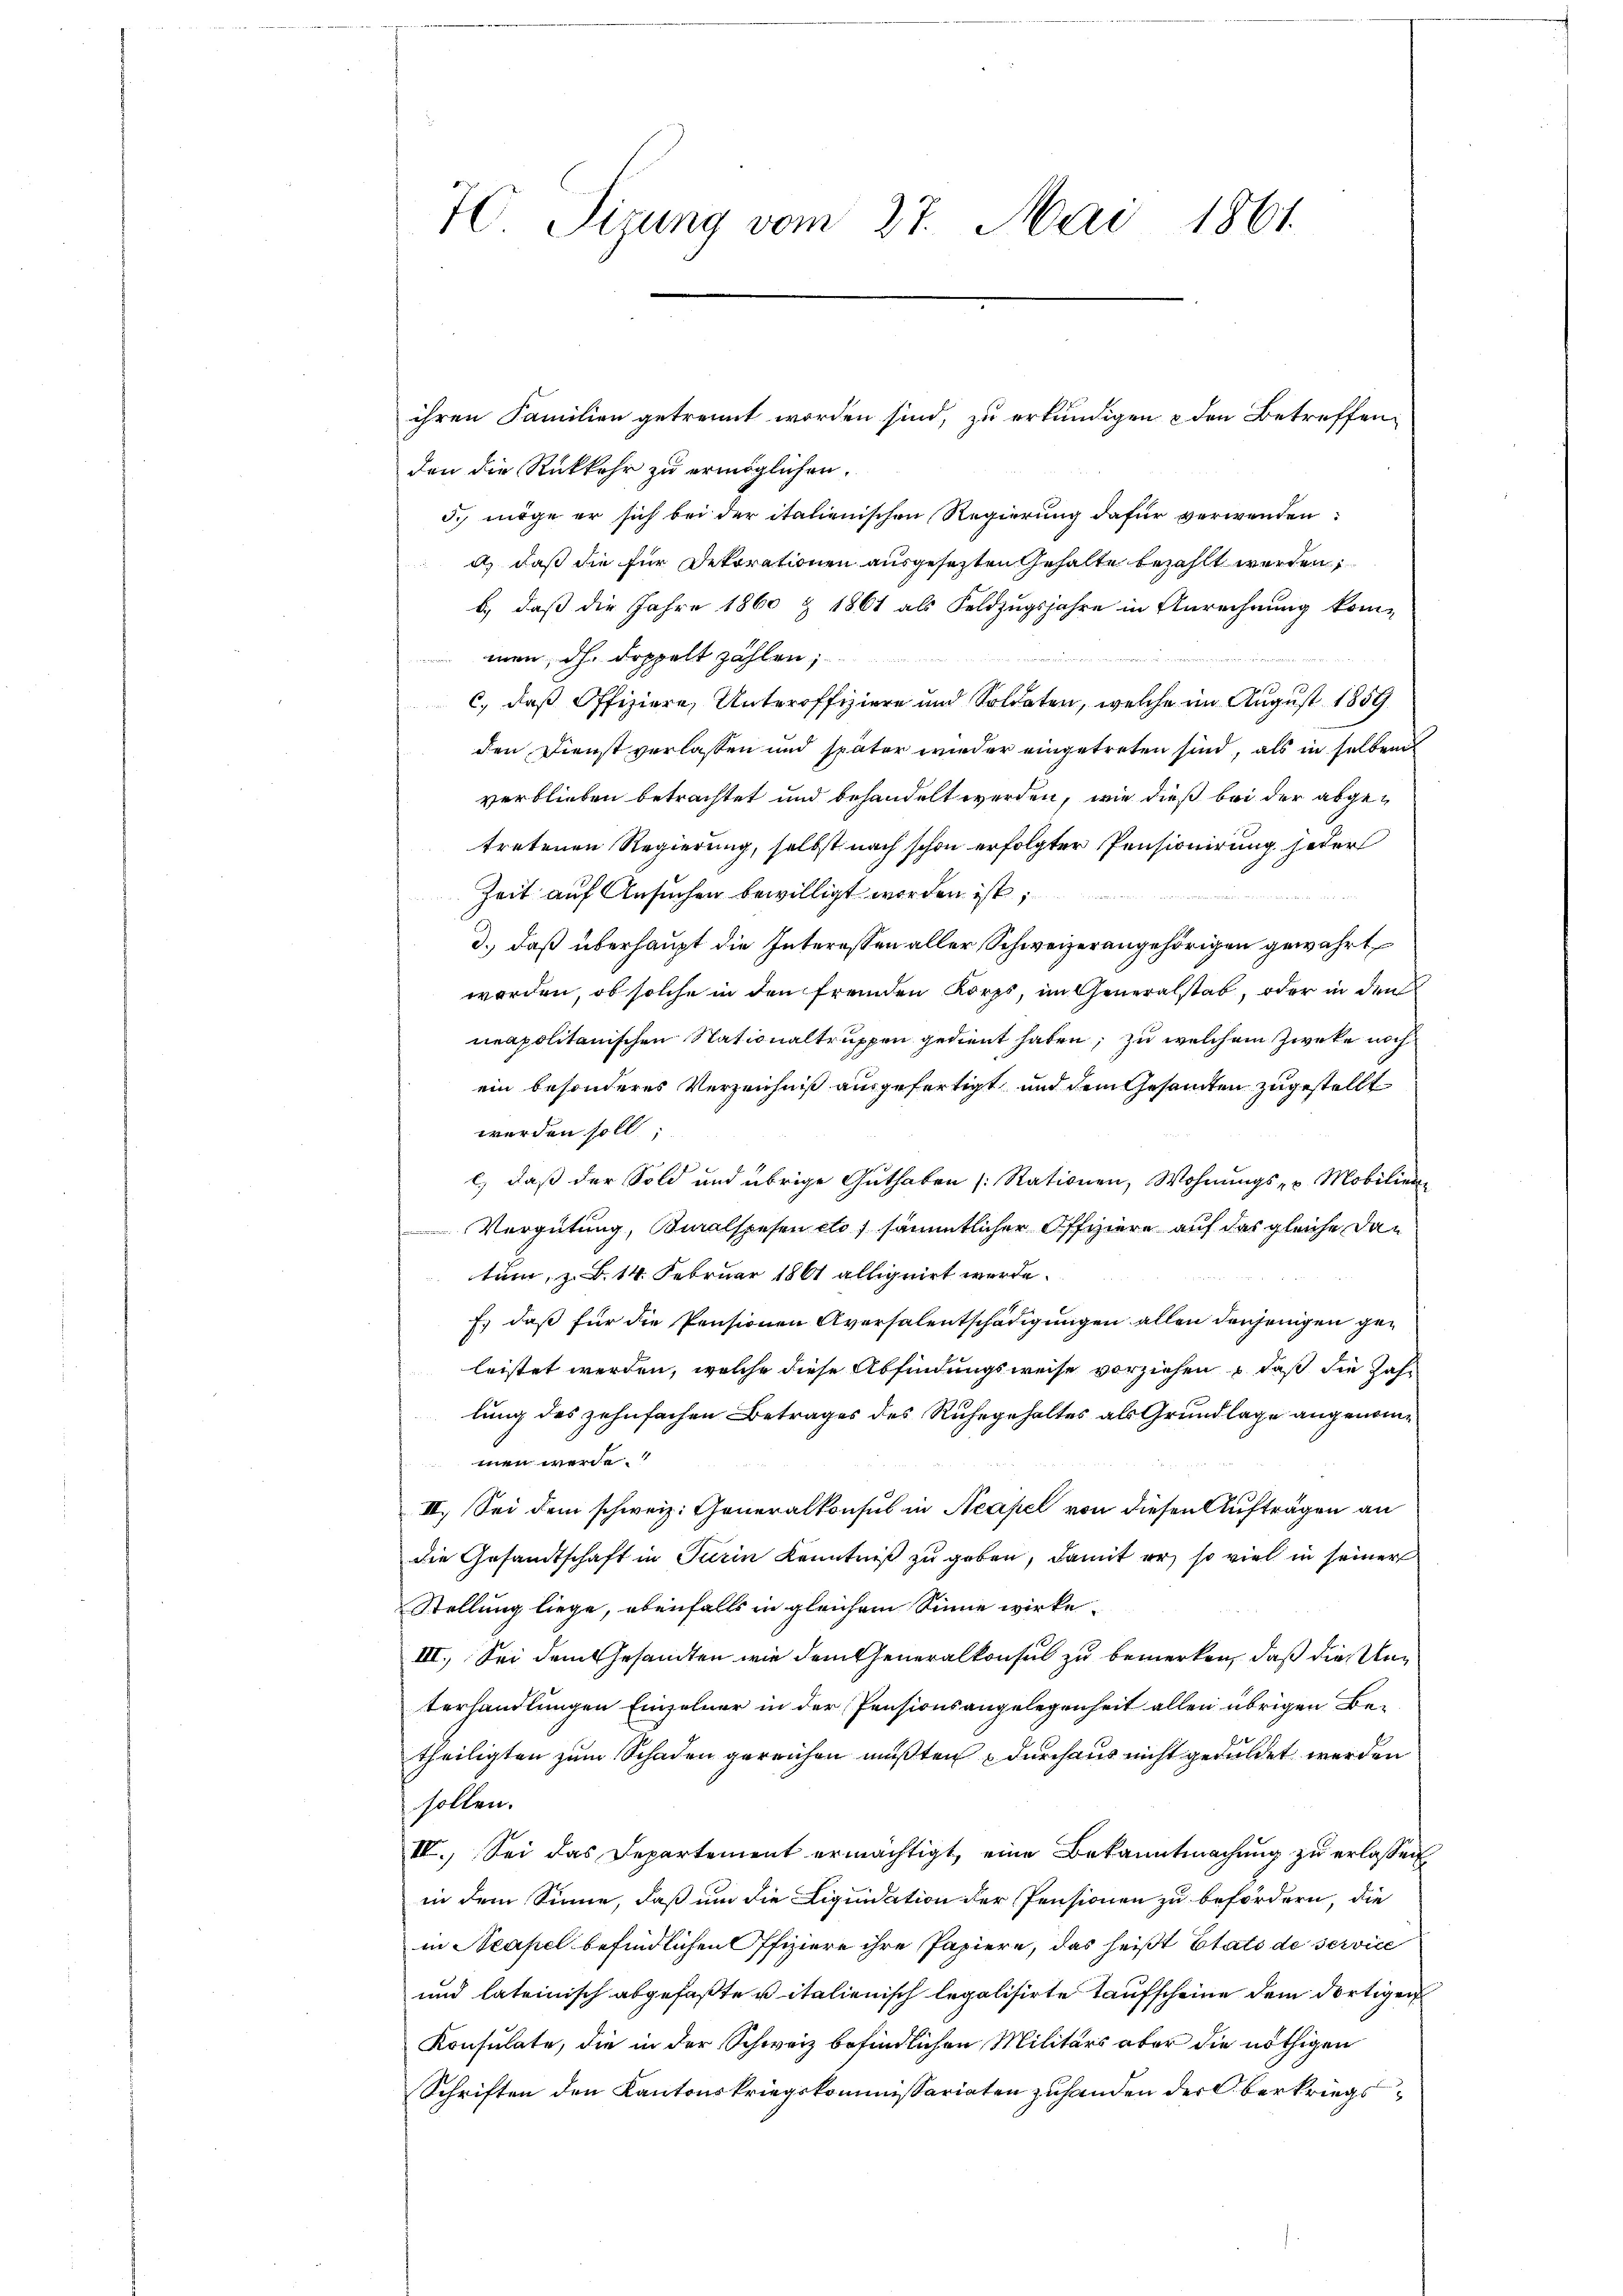
70. Sizung vom 27. Mai 1861.

ihren Familien getrennt worden sind, zu erkundigen & den Betreffenden die Rückkehr zu ermöglichen.
d. möge er sich bei der italienischen Regierung dafür verwenden
d) daß die für Dekorationen ausgesezten Gehalte bezahlt werden,
b.) daß die Jahre 1860 & 1861 als Feldzugsjahre in Anrechnung kom-
men, dh. Doppelt zahlen;
c, daß Offiziere, Unteroffiziere und Soldaten, welche im August 1859
den Dienst verlassen und später wieder eingetreten sind, als in selben
verblieben betrachtet und behandelt werden, wie dieß bei der abgetretenen Regierung, selbst nach schon erfolgter Pensionirung jeder
Zeit auf Ansuchen bewilligt worden ist;
nden
3.) daß überhaupt die Interessen aller Schweizerangehörigen gewährt,
worden, ob solche in den fremden Korps, im Generalstab, oder in den
neapolitanischen Stationaltruppen gedient haben, zu welchem Zwecke noch
ein besonderes Verzeichniß ausgefertigt und dem Gesammten zugestellt
werden soll
e) daß der Sold und übrige Guthaben (: Stationen, Wohnungs- u. Mobilien-
Vergütung, Bialspesen etc) sämmtlicher Offiziere auf das gleiche Dan
tum, z. B. 14. Februar 1861 alliguirt werde.
f, daß für die Pensionen Aversalentschädigungen allen denjenigen geleistet werden, welche diese Abfindungsweise vorziehen, daß die Jahlung des zehnfachen Betrages des Ruhegehaltes als Grundlage angenommen werde.
II. Sei dem schweiz. Generalkonsul in Neapel von diesen Aufträgen an
die Gesandtschaft in Turin Kenntniß zu geben, damit er so viel in seiner
Stellung liege, ebenfalls in gleichem Sinne wirke.
III. Sei dem Gesandten wie dem Generalkonsul zu bemerken, daß die Unterhandlungen Einzelner in der Pensionsangelegenheit allen übrigen Be-
theiligten zum Schaden gereichen mußten durchaus nicht geduldet werden
sollen.
IV. Sei das Departement ermächtigt, eine Bekanntmachung zu erlassen
in dem Sinne, daß um die Liquidation der Pensionen zu befördern, die
in Neapel befindlichen Offiziere ihre Papiere, das heißt Etats de service
und lateinisch abgefaßte vitalienisch legalisirte Taufscheine dem dortigen
Konsulate, die in der Schweiz befindlichen Militärs aber die nöthigen
Schriften den Kantonskriegskommissariaten zuhanden der Oberkriegs¬